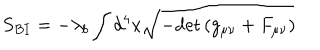
S _ { B I } = - \lambda _ { b } \int { d ^ { 4 } x \sqrt { - \mathrm { d e t } \left( g _ { \mu \nu } + F _ { \mu \nu } \right) } }